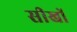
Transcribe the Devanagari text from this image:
सीखों